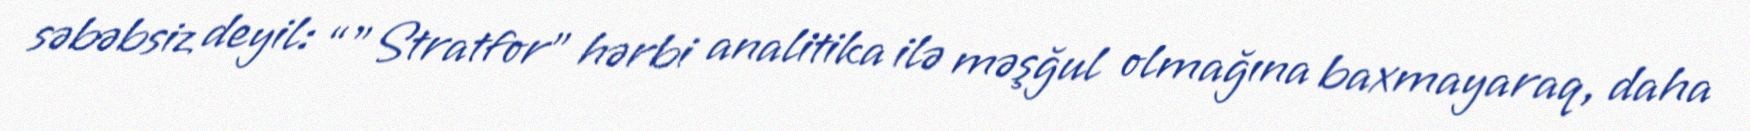
səbəbsiz deyil: “”Stratfor" hərbi analitika ilə məşğul olmağına baxmayaraq, daha